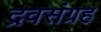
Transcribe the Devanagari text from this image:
द्रवसंग्रह